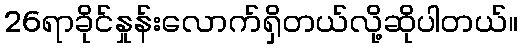
26ရာခိုင်နှုန်းလောက်ရှိတယ်လို့ဆိုပါတယ်။